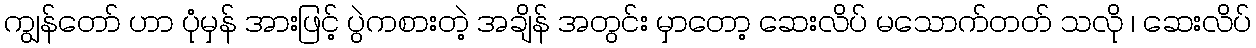
ကျွန်တော် ဟာ ပုံမှန် အားဖြင့် ပွဲကစားတဲ့ အချိန် အတွင်း မှာတော့ ဆေးလိပ် မသောက်တတ် သလို ၊ ဆေးလိပ်